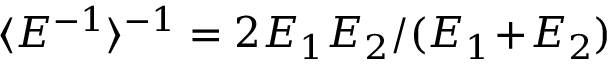
\langle E ^ { - 1 } \rangle ^ { - 1 } = 2 E _ { 1 } E _ { 2 } / ( E _ { 1 } \! + \! E _ { 2 } )